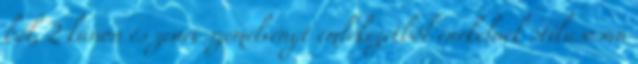
ből, 2 kánon és zenei szemelvényt emlékezetből énekelnek stílusosan